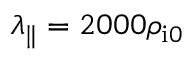
\lambda _ { \parallel } = 2 0 0 0 \rho _ { \mathrm { i } 0 }